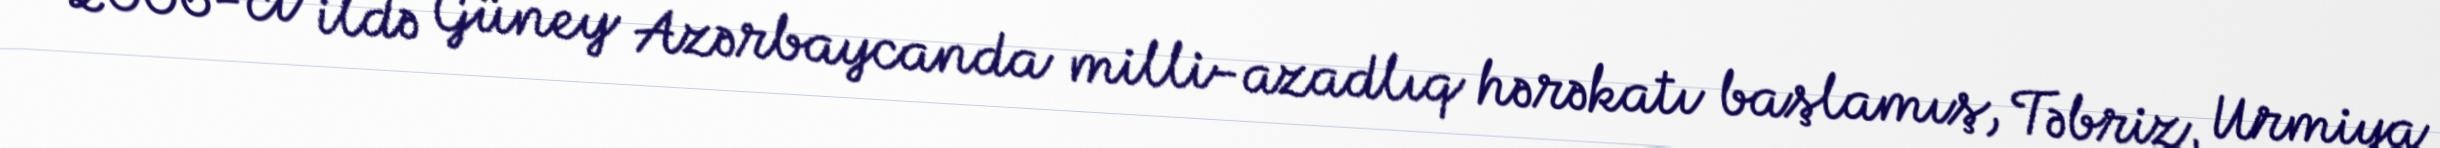
2006-cı ildə Güney Azərbaycanda milli-azadlıq hərəkatı başlamış, Təbriz, Urmiya